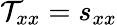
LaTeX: \mathcal{T}_{xx}=s_{xx}